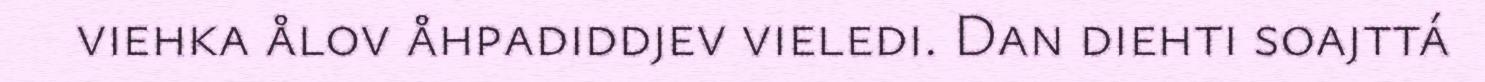
viehka ålov åhpadiddjev vieledi. Dan diehti soajttá